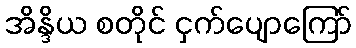
အိန္ဒိယ စတိုင် ငှက်ပျောကြော်